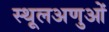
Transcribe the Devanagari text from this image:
स्थूलअणुओं